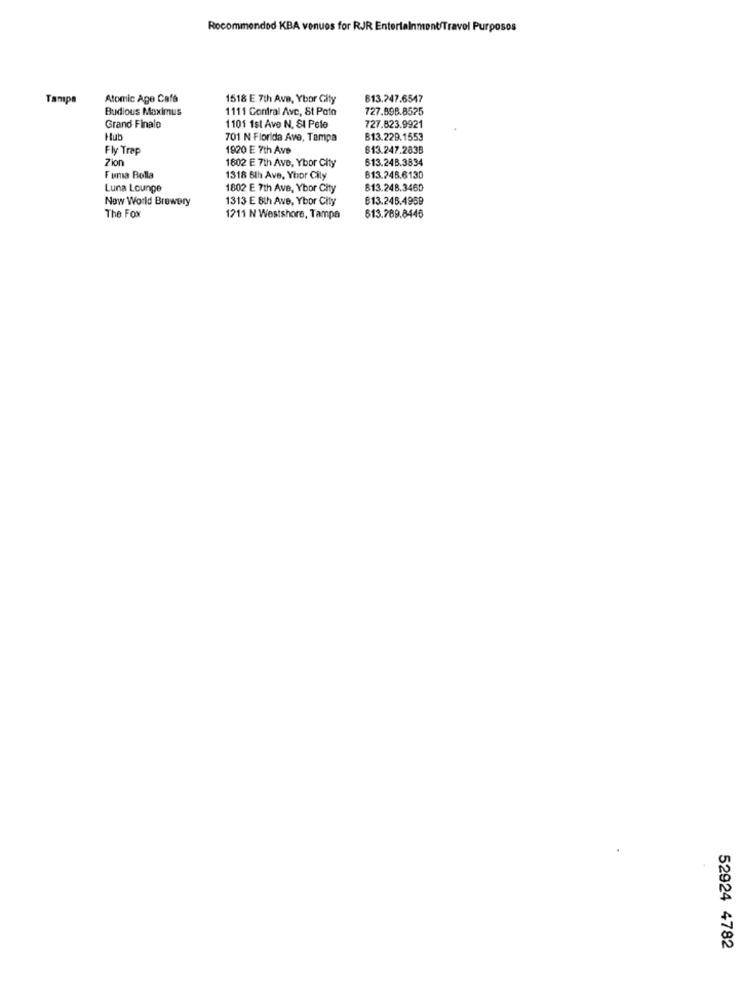
Recommended KBA venues for RJR Entertainment/Travel Purposes
Tampa
Atomic Age Café
1518 E 7th Ave, Ybor City
613.247.6547
Budious Maximus
1111 Contral Avc, St Poto
727.898.8525
Grand Finale
1101 1st Ave N. SI Pele
727.823.9921
Hub
701 N Florida Ave, Tampa
B13.229.1553
Fly Trap
1920 E 7th Ave
613.247.283B
Zion
1802 E 7th Ave, Ybor City
613.248.3834
Fuma Bella
1318 6th Ave, Yhor City
813.248.6130
Luna Lounge
1802 E 7th Ave, Ybor City
813.248.3460
Now World Brewery
1313 E 8th Ave, Ybor City
613.248.4959
The Fox
1211 N Westshore, Tampa
813.789.8446
52924 4782